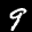
Label: 9